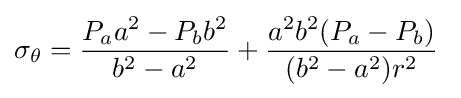
\sigma _{\theta }={\dfrac {P_{a}a^{2}-P_{b}b^{2}}{b^{2}-a^{2}}}+{\dfrac {a^{2}b^{2}(P_{a}-P_{b})}{(b^{2}-a^{2})r^{2}}}\